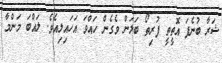
ޝަރާ ބުނެފަ އޮތީތީ ފުރިތޯ ބަލަން ވެގެން ހައްވަ އަހައިލިއެވެ. ލައްބަ މަންމާ